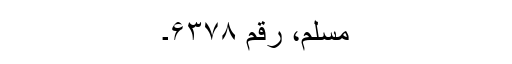
مسلم، رقم ۶۳۷۸۔